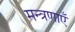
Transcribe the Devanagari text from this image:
मन्त्रणाएँ